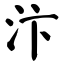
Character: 汴